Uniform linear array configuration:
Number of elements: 4
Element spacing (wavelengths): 0.25
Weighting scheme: hann
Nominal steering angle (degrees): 15
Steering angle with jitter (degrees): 15.285
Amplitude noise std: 0.05
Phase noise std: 0.05

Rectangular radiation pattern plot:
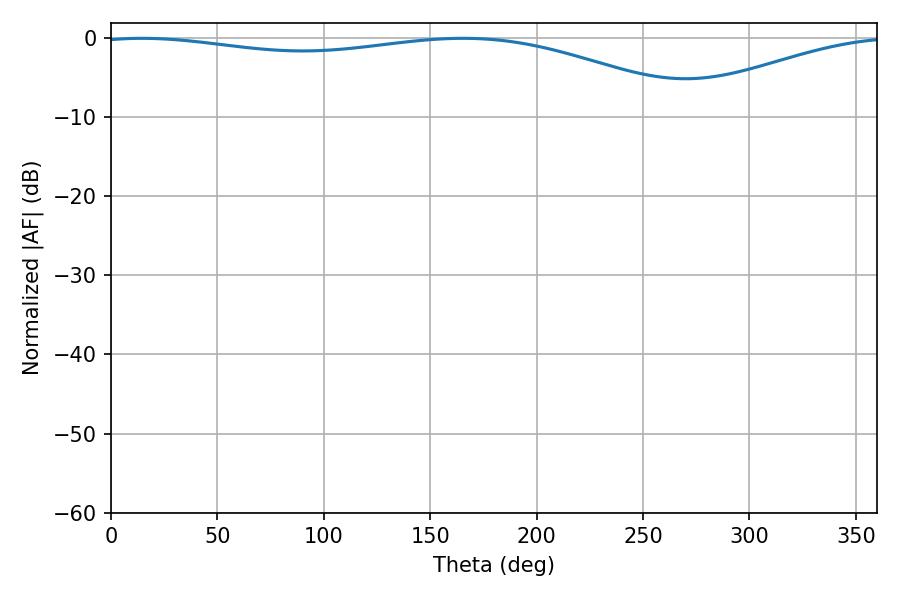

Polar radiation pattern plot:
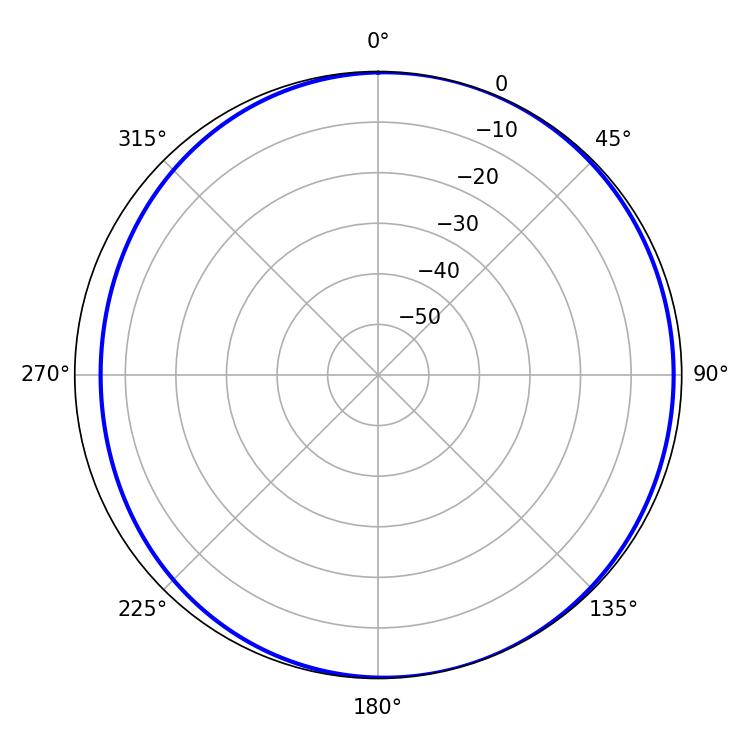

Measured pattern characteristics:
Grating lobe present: FALSE
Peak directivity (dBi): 4.661
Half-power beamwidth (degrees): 228.42
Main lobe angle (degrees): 14.58